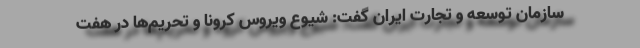
سازمان توسعه و تجارت ایران گفت: شیوع ویروس کرونا و تحریم‌ها در هفت